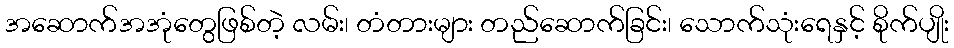
အဆောက်အအုံတွေဖြစ်တဲ့ လမ်း၊ တံတားများ တည်ဆောက်ခြင်း၊ သောက်သုံးရေနှင့် စိုက်ပျိုး